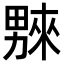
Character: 𤳆